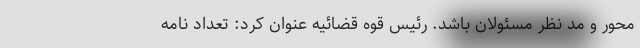
محور و مد نظر مسئولان باشد. رئیس قوه قضائیه عنوان کرد: تعداد نامه